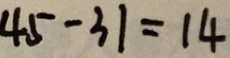
4 5 - 3 1 = 1 4